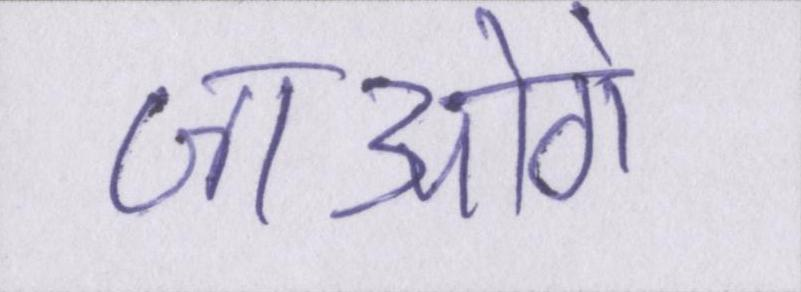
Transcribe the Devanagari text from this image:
जाओगे